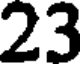
23